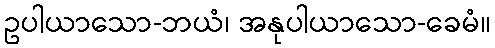
ဥပါယာသော-ဘယံ၊ အနုပါယာသော-ခေမံ။